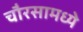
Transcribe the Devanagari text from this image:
चौरसामध्ये